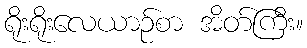
ရိုးရိုးလေယာဉ်စာ အိတ်ကြီး။